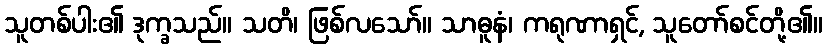
သူတစ်ပါး၏ ဒုက္ခသည်။ သတိ၊ ဖြစ်လသော်။ သာဓူနံ၊ ကရုဏာရှင်, သူတော်စင်တို့၏။